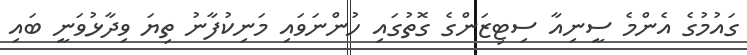
ގައުމުގެ އެންމެ ސީނިއާ ސިޓިޒަންގެ ގޮތުގައި ހުންނަވައި މަނިކުފާނު ތިޔަ ވިދާޅުވަނީ ބައި